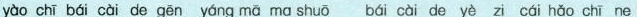
yào chī bái cài de gēn yng mā ma shuō bái cài de yè zi cái hǎo chī ne